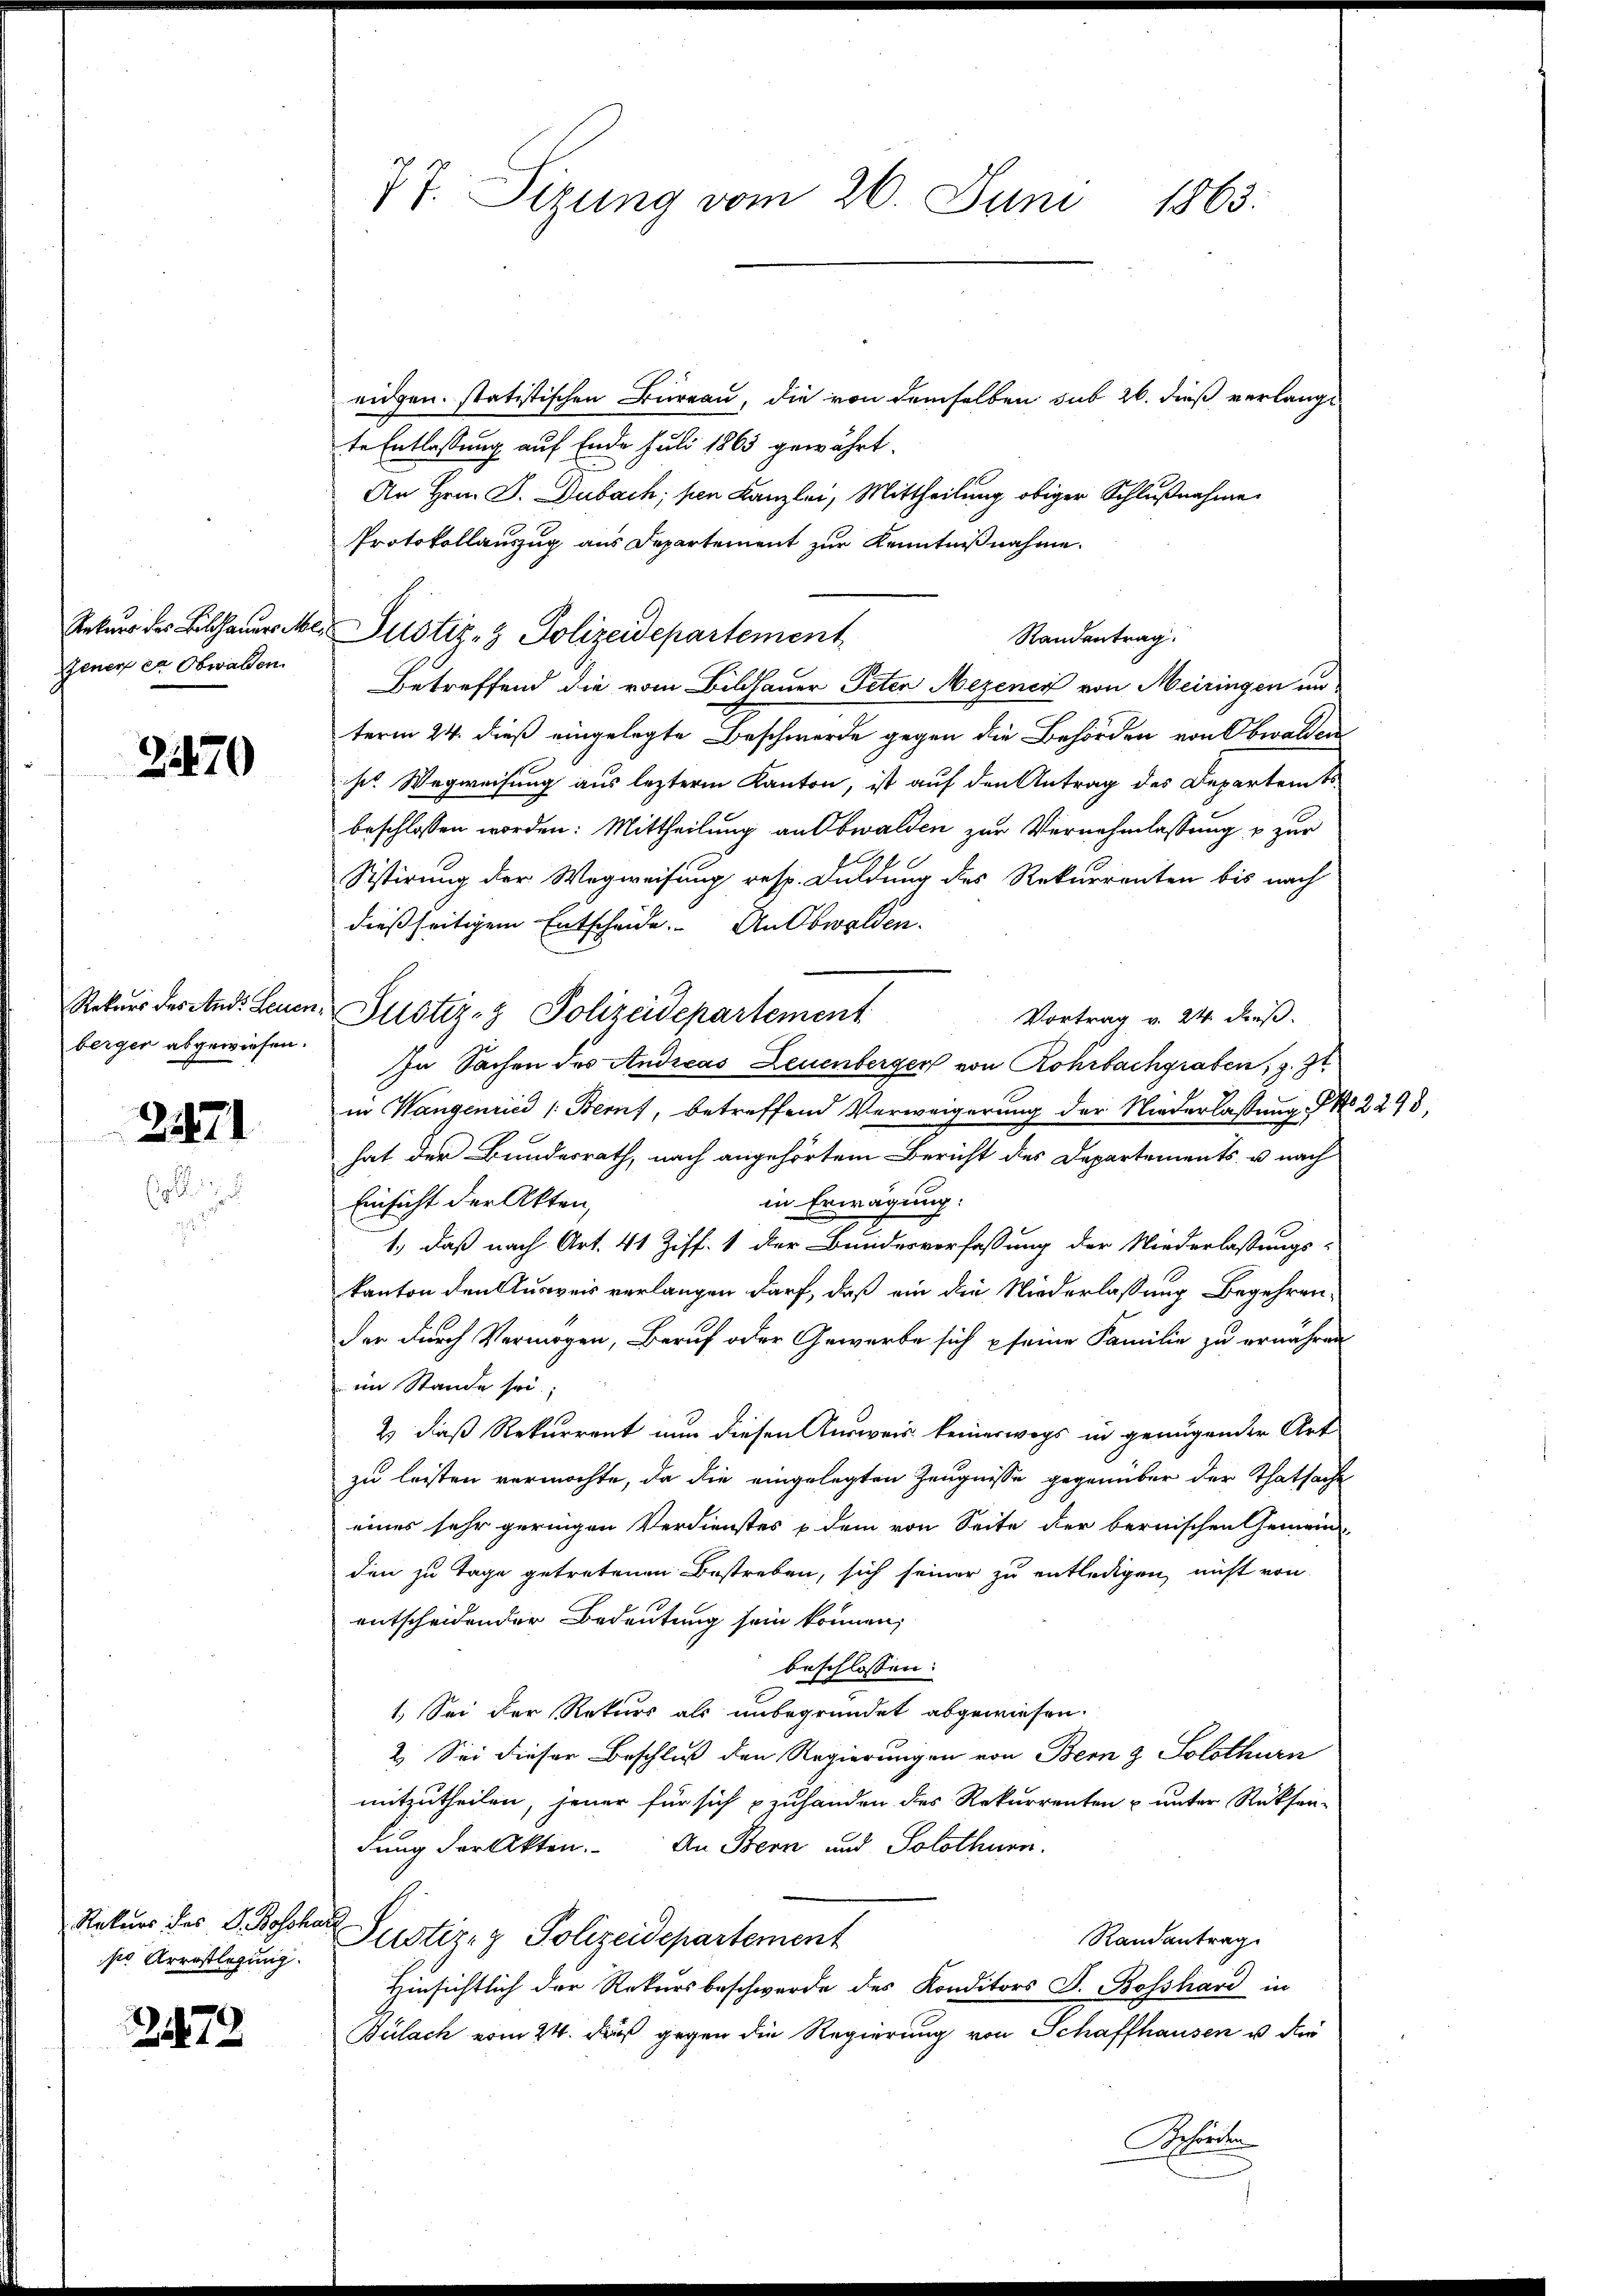
Gener er Obwalden

270

berger abgewiesen.

2471

se Arrestlegung.

279

77. Sitzung vom 26. Juni 1863.

eidgen. statistischen Bureau, die von demselben sub 26. dieß verlangt
te Entlassung auf Ende Juli 1865 gewährt.
An Hrn. J. Dubach, pen Kanzlei, Mittheilung obiger Schlußnahme
Protokollauszug aus Departement zur Kenntnißnahme.
Rekŭrs des Bildhaŭerer Justiz- & Polizeidepartement
Betreffend die vom Bildhauer Peten Mezener von Meiringen un
term 24. dieß eingelegte Beschwerde gegen die Behörden von Obwalden
hes Wegweisung aus lezterm Kanton, ist auf den Antrag des Departamts
beschlossen worden: Mittheilung an Obwalden zur Vernehmlassung & zur
Sistirung der Wegweisung resp. Duldung des Rekurrenten bis nach
dießseitigem Entscheide. An Obwalden.
Rekurs des And. Leuen Justiz- & Polizeidepartement
Vortrag v. 24. dieß.
In Sachen des Andreas Leuenberger von Rohrbachgraben, 3. 31
in Wangenried (Beruf, betreffend Verweigerung der Niederlassung No 2293,
hat der Bundesrath, nach angehörtem Bericht des Departements- u. nach
in Erwägung:
Einsicht der Akten,
1.) Daß nach Art. 41 Ziff. 1 der Bundesverfassung der Niederlassungs-
kanton den Ausweis verlangen darf, daß ein die Niederlassung begehrender durch Vermögen, Beruf oder Gewerbe sich seine Familie zu ernähren
im Stande sei;
2) daß Rekurrent nun diesen Ausweis keineswegs in genügender Art
zu leisten vermöchte, da die eingelegten Zeugnisse gegenüber der Thatsache
eines sehr geringen Verdienstes p. dem von Seite der bernischen Gemein
den zu Tage getretenen Bestreben, sich seiner zu entledigen, nicht von
entscheidender Bedeutung sein können;
beschlossen:
1. Sei der Rekurs als unbegründet abgewiesen.
2. Sei dieser Beschluß den Regierungen von Bern & Solothurn
mitzutheilen, jener für sich zuhanden des Rekurrenten u unter Rücksen-
dung der Akten. An Bern und Solothurn.
Rekurs des G. Boscher Justiz- & Polizeidepartement
Randantrag
Hinsichtlich der Rekursbeschwerde des Konditors F. Bosshard in
Bülach vom 24. Fuß gegen die Regierung von Schaffhausen u. der
Behörden

Randentrag.